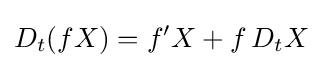
D_{t}(fX)=f'X+f\,D_{t}X